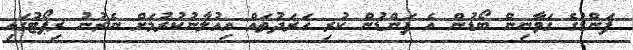
ފަންޑުގެ ގަވާނިން ބޯޑުން އެ ފަންޑުން ކުރި ހަރަދުތައް އިއުލާނުކުރުމަށް ނެރުނު ރިޕޯޓުގައި